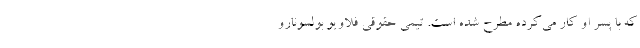
که با پسر او کار می‌کرده مطرح شده است. تیمی حقوقی فلاویو بولسونارو